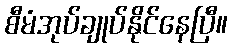
စီမံအုပ်ချုပ်နိုင်နေပြီ။